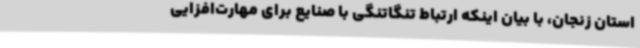
استان زنجان، با بیان اینکه ارتباط تنگاتنگی با صنایع برای مهارت‌افزایی